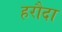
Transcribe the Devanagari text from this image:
हरौदा